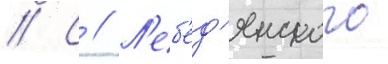
// С // Л'еб'ед'янского